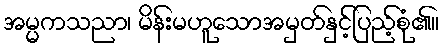
အမ္မကသညာ၊ မိန်းမဟူသောအမှတ်နှင့်ပြည့်စုံ၏။